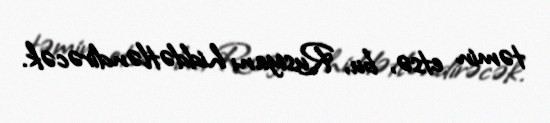
təmin etsə, bu, Rusiyanı hiddətləndirəcək.